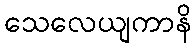
သေလေယျကာနိ